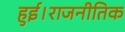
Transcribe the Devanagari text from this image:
हुई।राजनीतिक